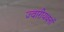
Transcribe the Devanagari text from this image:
ज्वारीयवनों